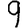
Digit: 9